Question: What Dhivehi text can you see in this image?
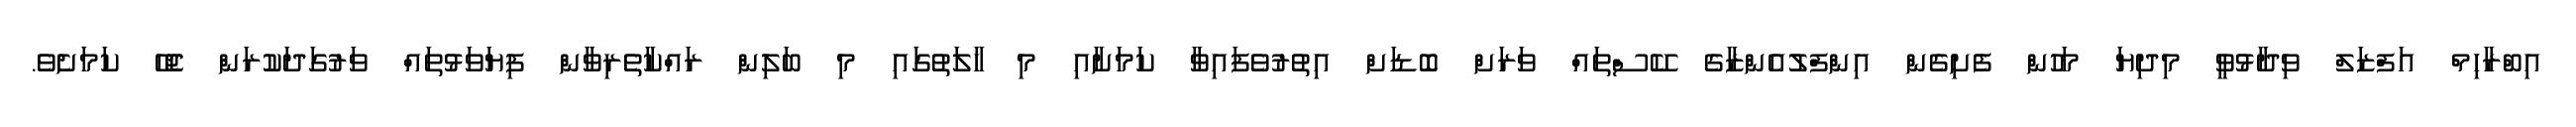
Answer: އިބްރާހިމް އަފްޒަލް ވިދާޅުވީ މިދިޔަ މަހުން ފެށިގެން އިންފްލުއެންޒާގެ ކޭސްތައް ވަރަށް ބޮޑަށް އިތުރުވެފައިވާ ކަމަށާއި މި ހާލަތުގައި މި ބަލިން ރައްކާތެރިވާން ފިޔަވަޅުތައް ވަރުގަދަކުރަން ޖެހޭ ކަމަށެވެ.